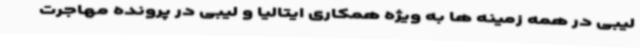
لیبی در همه زمینه ها به ویژه همکاری ایتالیا و لیبی در پرونده مهاجرت